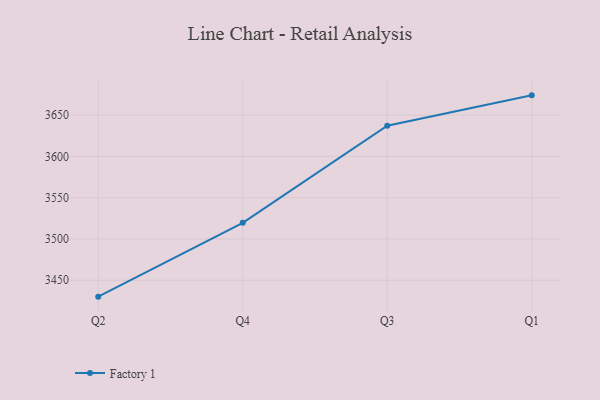
{"axis": {"x": "Quarter", "y": "Net Income (USD K)"}, "legend": ["Factory 1"], "data": [{"x": "Q2", "y": 3430.1, "type": "Factory 1"}, {"x": "Q4", "y": 3519.5, "type": "Factory 1"}, {"x": "Q3", "y": 3637.2, "type": "Factory 1"}, {"x": "Q1", "y": 3674.0, "type": "Factory 1"}]}